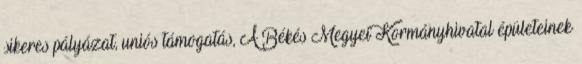
sikeres pályázat, uniós támogatás, A Békés Megyei Kormányhivatal épületeinek